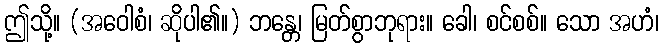
ဤသို့။ (အဝေါစံ၊ ဆိုပါ၏။) ဘန္တေ၊ မြတ်စွာဘုရား။ ခေါ၊ စင်စစ်။ သော အဟံ၊